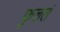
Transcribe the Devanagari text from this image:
फुललं